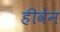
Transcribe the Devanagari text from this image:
हीवेन